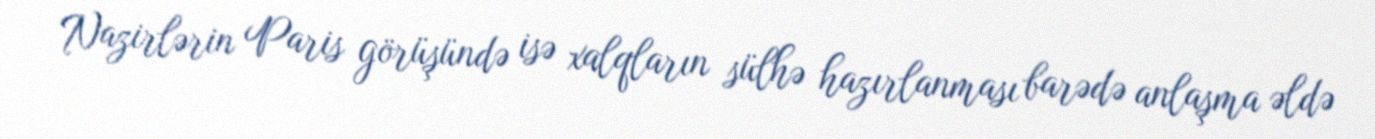
Nazirlərin Paris görüşündə isə xalqların sülhə hazırlanması barədə anlaşma əldə